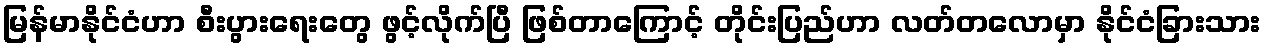
မြန်မာနိုင်ငံဟာ စီးပွားရေးတွေ ဖွင့်လိုက်ပြီ ဖြစ်တာကြောင့် တိုင်းပြည်ဟာ လတ်တလောမှာ နိုင်ငံခြားသား